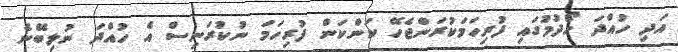
އަދި ހުއްދަ ހޯދުމުގައި ފުރިހަމަކުރަންޖެހޭ ކަންކަން ފުރިހަމަ ނުކުރަނިސް އެ ހުއްދަ ނުލިބޭނެ